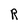
Character: R